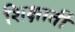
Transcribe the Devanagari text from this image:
शिक्षार्ती